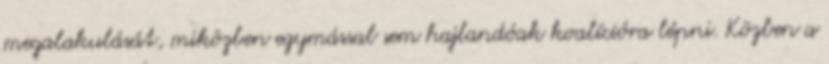
megalakulását, miközben egymással sem hajlandóak koalícióra lépni. Közben a